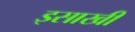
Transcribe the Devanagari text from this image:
इसाखी